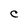
Character: C